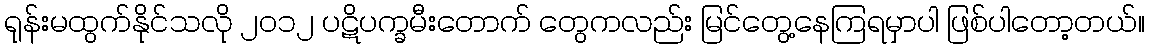
ရုန်းမထွက်နိုင်သလို ၂၀၁၂ ပဋိပက္ခမီးတောက် တွေကလည်း မြင်တွေ့နေကြရမှာပါ ဖြစ်ပါတော့တယ်။